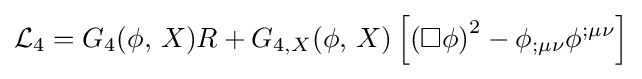
{\mathcal {L}}_{4}=G_{4}(\phi ,\,X)R+G_{4,X}(\phi ,\,X)\left[\left(\Box \phi \right)^{2}-\phi _{;\mu \nu }\phi ^{;\mu \nu }\right]